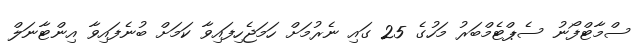
ސްމާޓްފޯނު ސެޕްޓެމްބަރު މަހުގެ 25 ގައި ނެރުމަށް ހަމަޖެހިފައިވާ ކަމަށް ބުނެފައިވާ އިންޓާނަލް